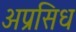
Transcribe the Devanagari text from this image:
अप्रसिध